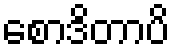
စောဒိတာပိ